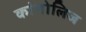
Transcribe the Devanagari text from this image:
कांगोलिज